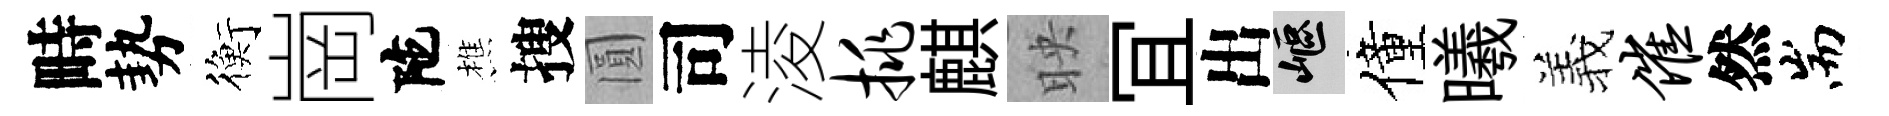
畤勢衡崗陀樵搜圓司淩挑麒映冝出嶇僮曦羲催然耑